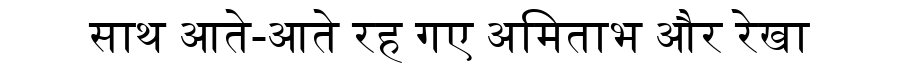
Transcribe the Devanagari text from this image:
साथ आते-आते रह गए अमिताभ और रेखा